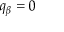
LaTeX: q _ { \beta } = 0